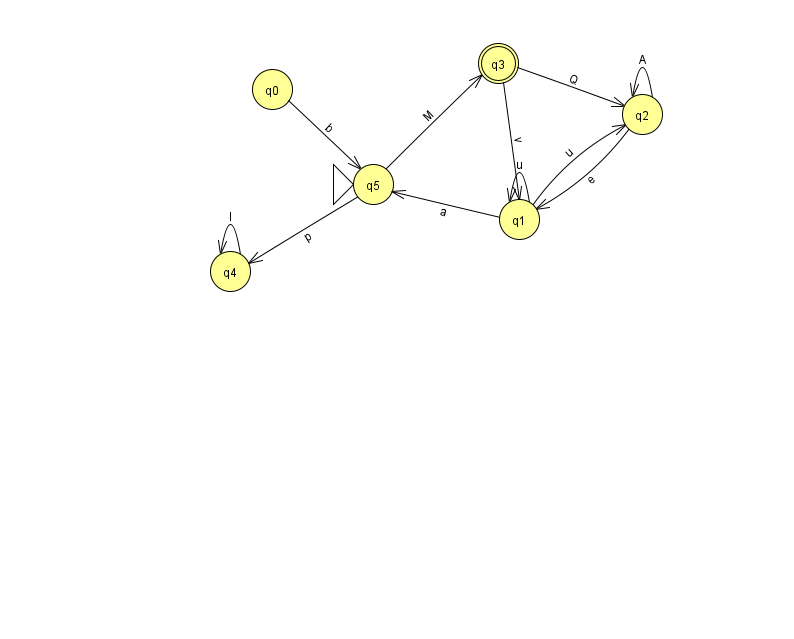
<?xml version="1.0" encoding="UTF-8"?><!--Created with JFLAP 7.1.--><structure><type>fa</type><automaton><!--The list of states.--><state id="0" name="q0"><x>272.0</x><y>76.0</y></state><state id="1" name="q1"><x>519.0</x><y>206.0</y></state><state id="2" name="q2"><x>642.0</x><y>101.0</y></state><state id="3" name="q3"><x>498.0</x><y>50.0</y><final/></state><state id="4" name="q4"><x>230.0</x><y>258.0</y></state><state id="5" name="q5"><x>373.0</x><y>171.0</y><initial/></state><!--The list of transitions.--><transition><from>2</from><to>2</to><read>A</read></transition><transition><from>5</from><to>4</to><read>p</read></transition><transition><from>1</from><to>2</to><read>u</read></transition><transition><from>2</from><to>1</to><read>e</read></transition><transition><from>0</from><to>5</to><read>b</read></transition><transition><from>1</from><to>1</to><read>u</read></transition><transition><from>1</from><to>5</to><read>a</read></transition><transition><from>3</from><to>1</to><read>v</read></transition><transition><from>3</from><to>2</to><read>Q</read></transition><transition><from>4</from><to>4</to><read>l</read></transition><transition><from>5</from><to>3</to><read>M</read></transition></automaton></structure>